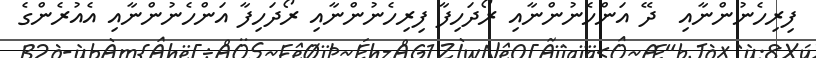
ފިރިހެނުންނާއި  ދޭ އަންހެނުންނާއި ރޯދަހިފާ ފިރިހެނުންނާއި ރޯދަހިފާ އަންހެނުންނާއި އެއުރެންގެ